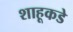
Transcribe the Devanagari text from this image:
शाहूकडे